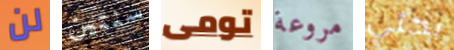
لن سنتين تومى مروعة بحثي